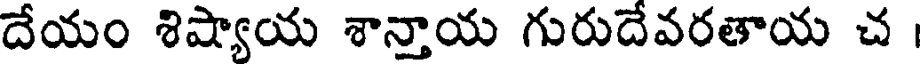
దేయం శిష్యాయ శాన్తాయ గురుదేవరతాయ చ